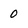
Character: 0